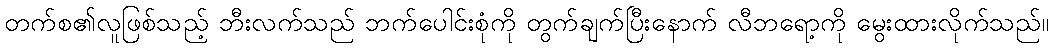
တက်စ၏လူဖြစ်သည့် ဘီးလက်သည် ဘက်ပေါင်းစုံကို တွက်ချက်ပြီးနောက် လီဘရော့ကို မွေးထားလိုက်သည်။